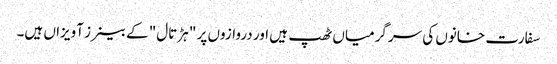
سفارت خانوں کی سرگرمیاں ٹھپ ہیں اور دروازوں پر " ہڑتال" کے بینرز آویزاں ہیں۔